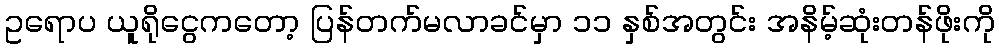
ဥရောပ ယူရိုငွေကတော့ ပြန်တက်မလာခင်မှာ ၁၁ နှစ်အတွင်း အနိမ့်ဆုံးတန်ဖိုးကို